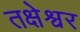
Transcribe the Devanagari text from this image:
तक्षेश्वर